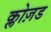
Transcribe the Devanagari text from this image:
क्लोज़ड